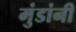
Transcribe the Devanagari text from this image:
मुंडांनी